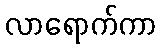
လာရောက်ကာ